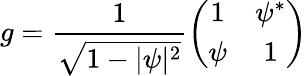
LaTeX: g=\frac{1}{\sqrt{1-\vert\psi\vert^{2}}}\left(\begin{array}{cc}{{1}}&{{\psi^{*}}}\\ {{\psi}}&{{1}}\end{array}\right)